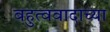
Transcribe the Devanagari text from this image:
बहुत्ववादाच्या